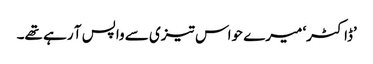
’ڈاکٹر‘ میرے حواس تیزی سے واپس آ رہے تھے۔